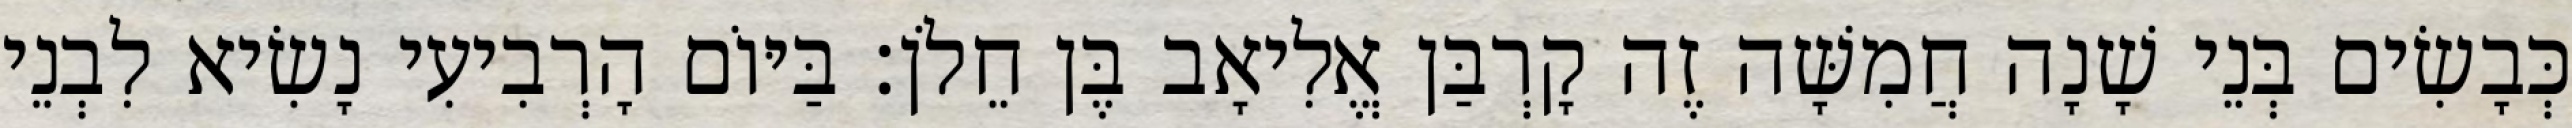
כְּבָשִׂים בְּנֵי שָׁנָה חֲמִשָּׁה זֶה קָרְבַּן אֱלִיאָב בֶּן חֵלֹן׃ בַּיּוֹם הָרְבִיעִי נָשִׂיא לִבְנֵי